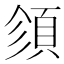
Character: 𩒉